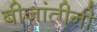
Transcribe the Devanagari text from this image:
बीजांतीनी